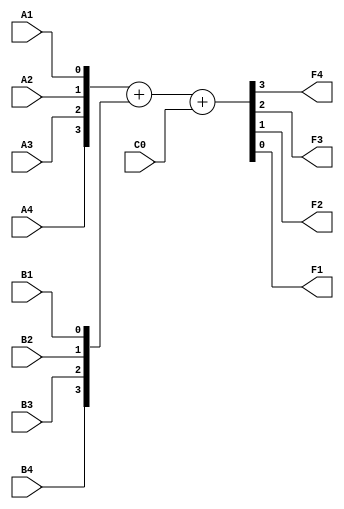
module _74LS283_Adder(
    input A4,
    input A3,
    input A2,
    input A1,
    input B4,
    input B3,
    input B2,
    input B1,
    input C0,
    output F4,
    output F3,
    output F2,
    output F1
    );
    assign {F4,F3,F2,F1} = {A4,A3,A2,A1}+{B4,B3,B2,B1}+{0,0,0,C0};
endmodule